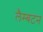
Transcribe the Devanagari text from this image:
लैम्बटन